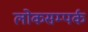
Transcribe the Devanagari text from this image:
लोकसम्पर्क